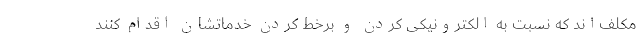
مکلف‌اند که نسبت به الکترونیکی کردن و برخط کردن خدماتشان اقدام کنند